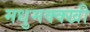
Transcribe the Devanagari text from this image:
मधुमक्क्खी